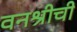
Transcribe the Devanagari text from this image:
वनश्रीची